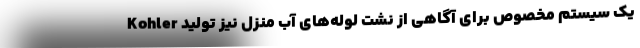
Kohler یک سیستم مخصوص برای آگاهی از نشت لوله‌های آب منزل نیز تولید